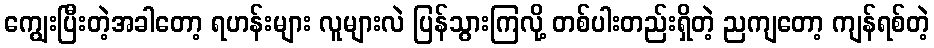
ကျွေးပြီးတဲ့အခါတော့ ရဟန်းများ လူများလဲ ပြန်သွားကြလို့ တစ်ပါးတည်းရှိတဲ့ ညကျတော့ ကျန်ရစ်တဲ့